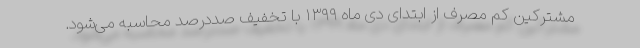
مشترکین کم مصرف از ابتدای دی ماه ۱۳۹۹ با تخفیف صددرصد محاسبه می‌شود.